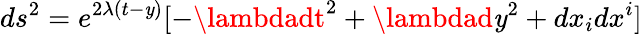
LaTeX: ds^{2}=e^{2\lambda(t-\mathit{y})}[-\lambdadt^{2}+\lambdad\mathit{y}^{2}+dx_{i}dx^{i}]